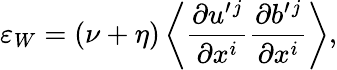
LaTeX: \varepsilon_{W}=(\nu+\eta)\left\langle{\frac{\partial u^{\prime}{}^{j}}{\partial x^{i}}\frac{\partial b^{\prime}{}^{j}}{\partial x^{i}}}\right\rangle,